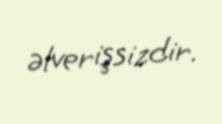
əlverişsizdir.